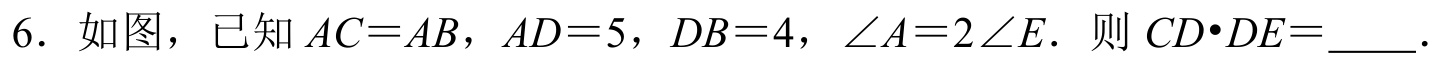
6. 如图，已知 \(AC = AB\)，\(AD = 5\)，\(DB = 4\)，\(\angle A = 2\angle E\)．则 \(CD\cdot DE=\underline{\quad\quad}\)．